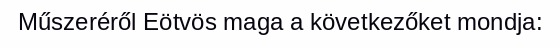
Műszeréről Eötvös maga a következőket mondja: